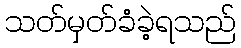
သတ်မှတ်ခံခဲ့ရသည်